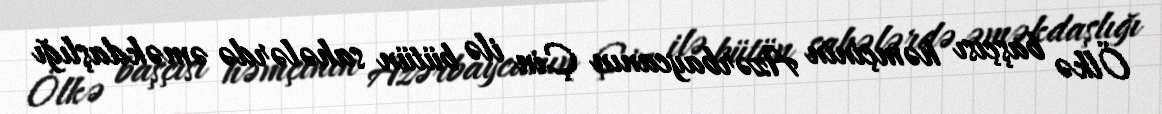
Ölkə başçısı həmçinin Azərbaycanın Çin ilə bütün sahələrdə əməkdaşlığı